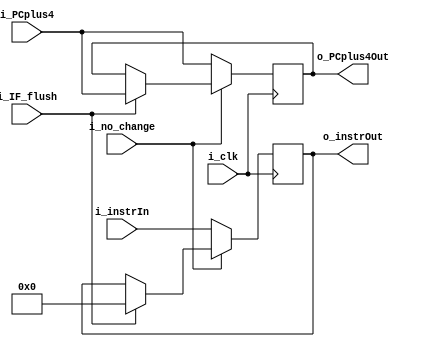
module IF_ID_reg(i_clk, i_PCplus4, i_instrIn, i_no_change, i_IF_flush, o_instrOut, o_PCplus4Out);

input wire [31:0] i_instrIn,i_PCplus4;
input i_clk ,i_no_change,i_IF_flush;
output reg [31:0] o_instrOut, o_PCplus4Out;

always @(posedge i_clk)
 begin
	
	if (i_no_change==1'b0) 
	begin	
	
	o_PCplus4Out<=i_PCplus4;	 
	o_instrOut <= i_instrIn;
		 
	end
	
	else if (i_IF_flush==1'b1)
	begin
	
	o_PCplus4Out<=i_PCplus4; 
	o_instrOut<=32'b0;
	
	end
	
	
 end

endmodule